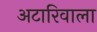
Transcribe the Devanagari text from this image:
अटारिवाला